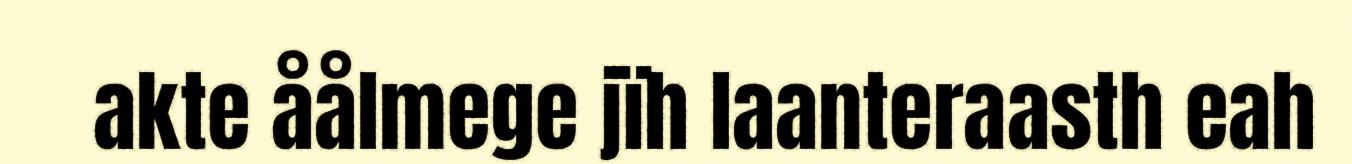
akte åålmege jïh laanteraasth eah